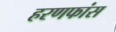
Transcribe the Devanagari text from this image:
हरणफांस